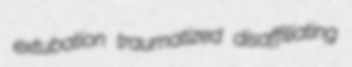
extubation traumatized disaffiliating